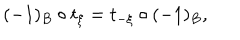
( - 1 ) _ { B } \circ t _ { \xi } = t _ { - \xi } \circ ( - 1 ) _ { B } ,